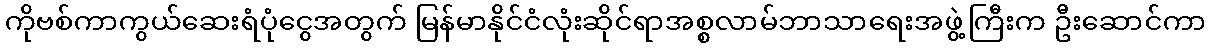
ကိုဗစ်ကာကွယ်ဆေးရံပုံငွေအတွက် မြန်မာနိုင်ငံလုံးဆိုင်ရာအစ္စလာမ်ဘာသာရေးအဖွဲ့ကြီးက ဦးဆောင်ကာ